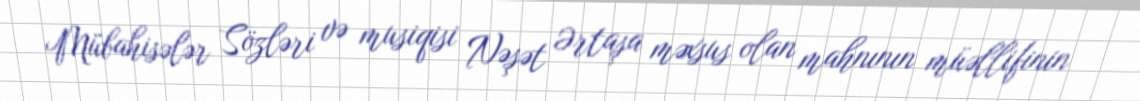
Mübahisələr Sözləri və musiqisi Nəşət Ərtaşa məxsus olan mahnının müəllifinin